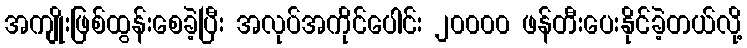
အကျိုးဖြစ်ထွန်းစေခဲ့ပြီး အလုပ်အကိုင်ပေါင်း ၂၀၀၀၀ ဖန်တီးပေးနိုင်ခဲ့တယ်လို့